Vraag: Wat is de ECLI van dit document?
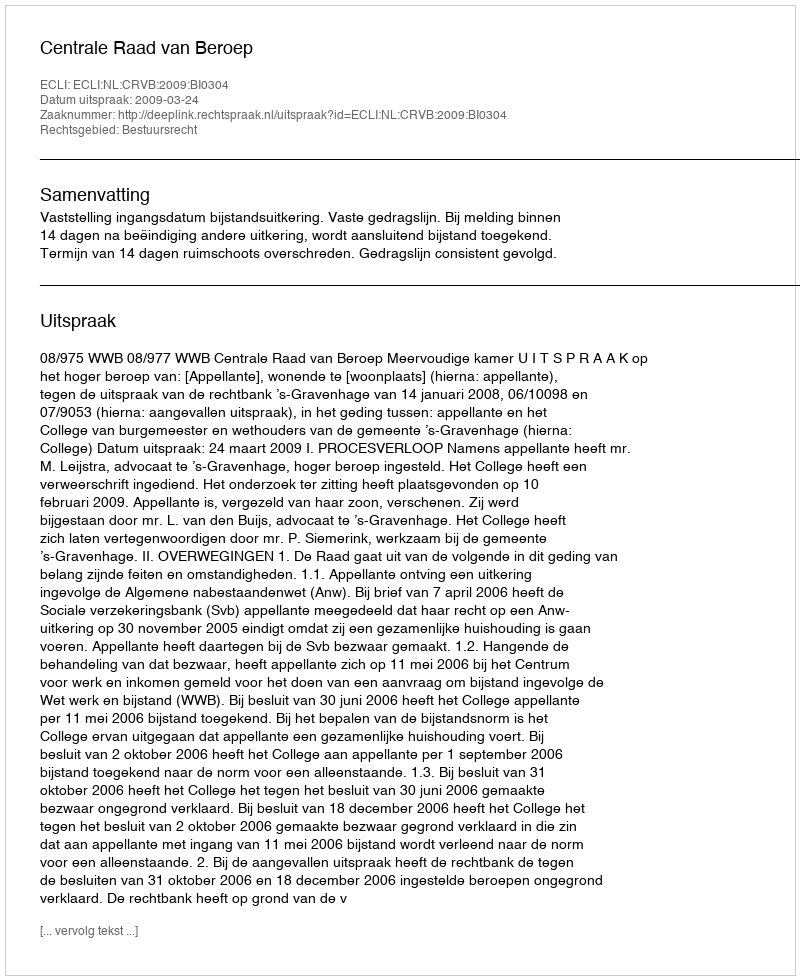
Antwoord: ECLI:NL:CRVB:2009:BI0304